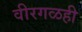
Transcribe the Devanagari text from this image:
वीरगळही